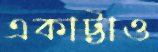
একাট্টাও